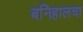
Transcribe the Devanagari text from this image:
बनिहालचा